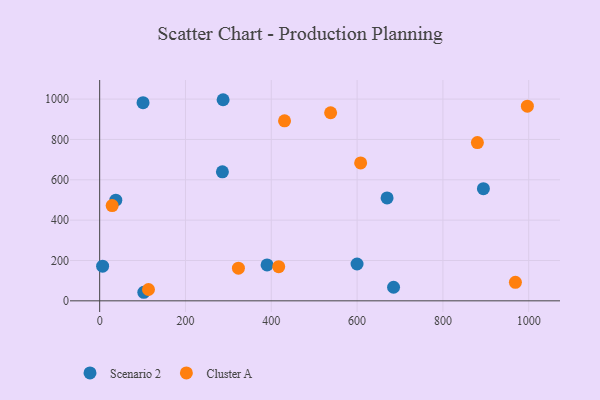
{"axis": {"x": "Investment", "y": "Rating"}, "legend": ["Cluster A", "Scenario 2"], "data": [{"x": "6.9", "y": 171.8, "type": "Scenario 2"}, {"x": "390.2", "y": 177.8, "type": "Scenario 2"}, {"x": "599.9", "y": 182.6, "type": "Scenario 2"}, {"x": "685.0", "y": 67.4, "type": "Scenario 2"}, {"x": "286.1", "y": 639.6, "type": "Scenario 2"}, {"x": "669.9", "y": 510.3, "type": "Scenario 2"}, {"x": "894.4", "y": 556.2, "type": "Scenario 2"}, {"x": "101.1", "y": 982.6, "type": "Scenario 2"}, {"x": "102.9", "y": 42.4, "type": "Scenario 2"}, {"x": "287.7", "y": 997.0, "type": "Scenario 2"}, {"x": "37.6", "y": 499.1, "type": "Scenario 2"}, {"x": "538.3", "y": 932.5, "type": "Cluster A"}, {"x": "608.3", "y": 683.7, "type": "Cluster A"}, {"x": "113.8", "y": 56.2, "type": "Cluster A"}, {"x": "880.4", "y": 784.5, "type": "Cluster A"}, {"x": "323.4", "y": 161.8, "type": "Cluster A"}, {"x": "996.9", "y": 965.0, "type": "Cluster A"}, {"x": "430.9", "y": 892.5, "type": "Cluster A"}, {"x": "29.1", "y": 472.1, "type": "Cluster A"}, {"x": "417.3", "y": 169.5, "type": "Cluster A"}, {"x": "969.0", "y": 91.5, "type": "Cluster A"}]}